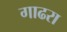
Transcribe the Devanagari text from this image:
गाढरा